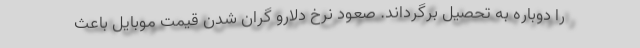
را دوباره به تحصیل برگرداند. صعود نرخ دلارو گران شدن قیمت موبایل باعث